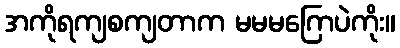
အကိုရကျစကျတာက မမမဂြောပဲကိုး။